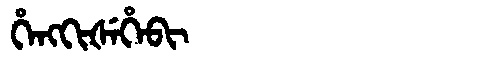
Manchu: ᡥᡝᠩᡴᡳᡧᡝᡥᡝᠪᡳ
Romanization: HENGKIŠEHEBI